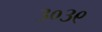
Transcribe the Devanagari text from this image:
३०३९